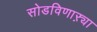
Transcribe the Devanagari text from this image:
सोडविणाऱ्या